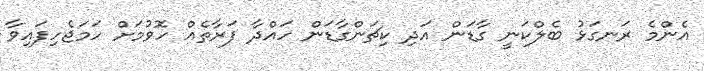
އެންމެ ރަނގަޅު ބެލްކަނީ ގާޑަން އަދި ކިޗަންގާޑަން ހައްދާ ފަރާތެއް ހޮވުމަށް ހަމަޖެހިފައިވާ